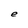
Character: e